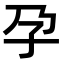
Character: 孕